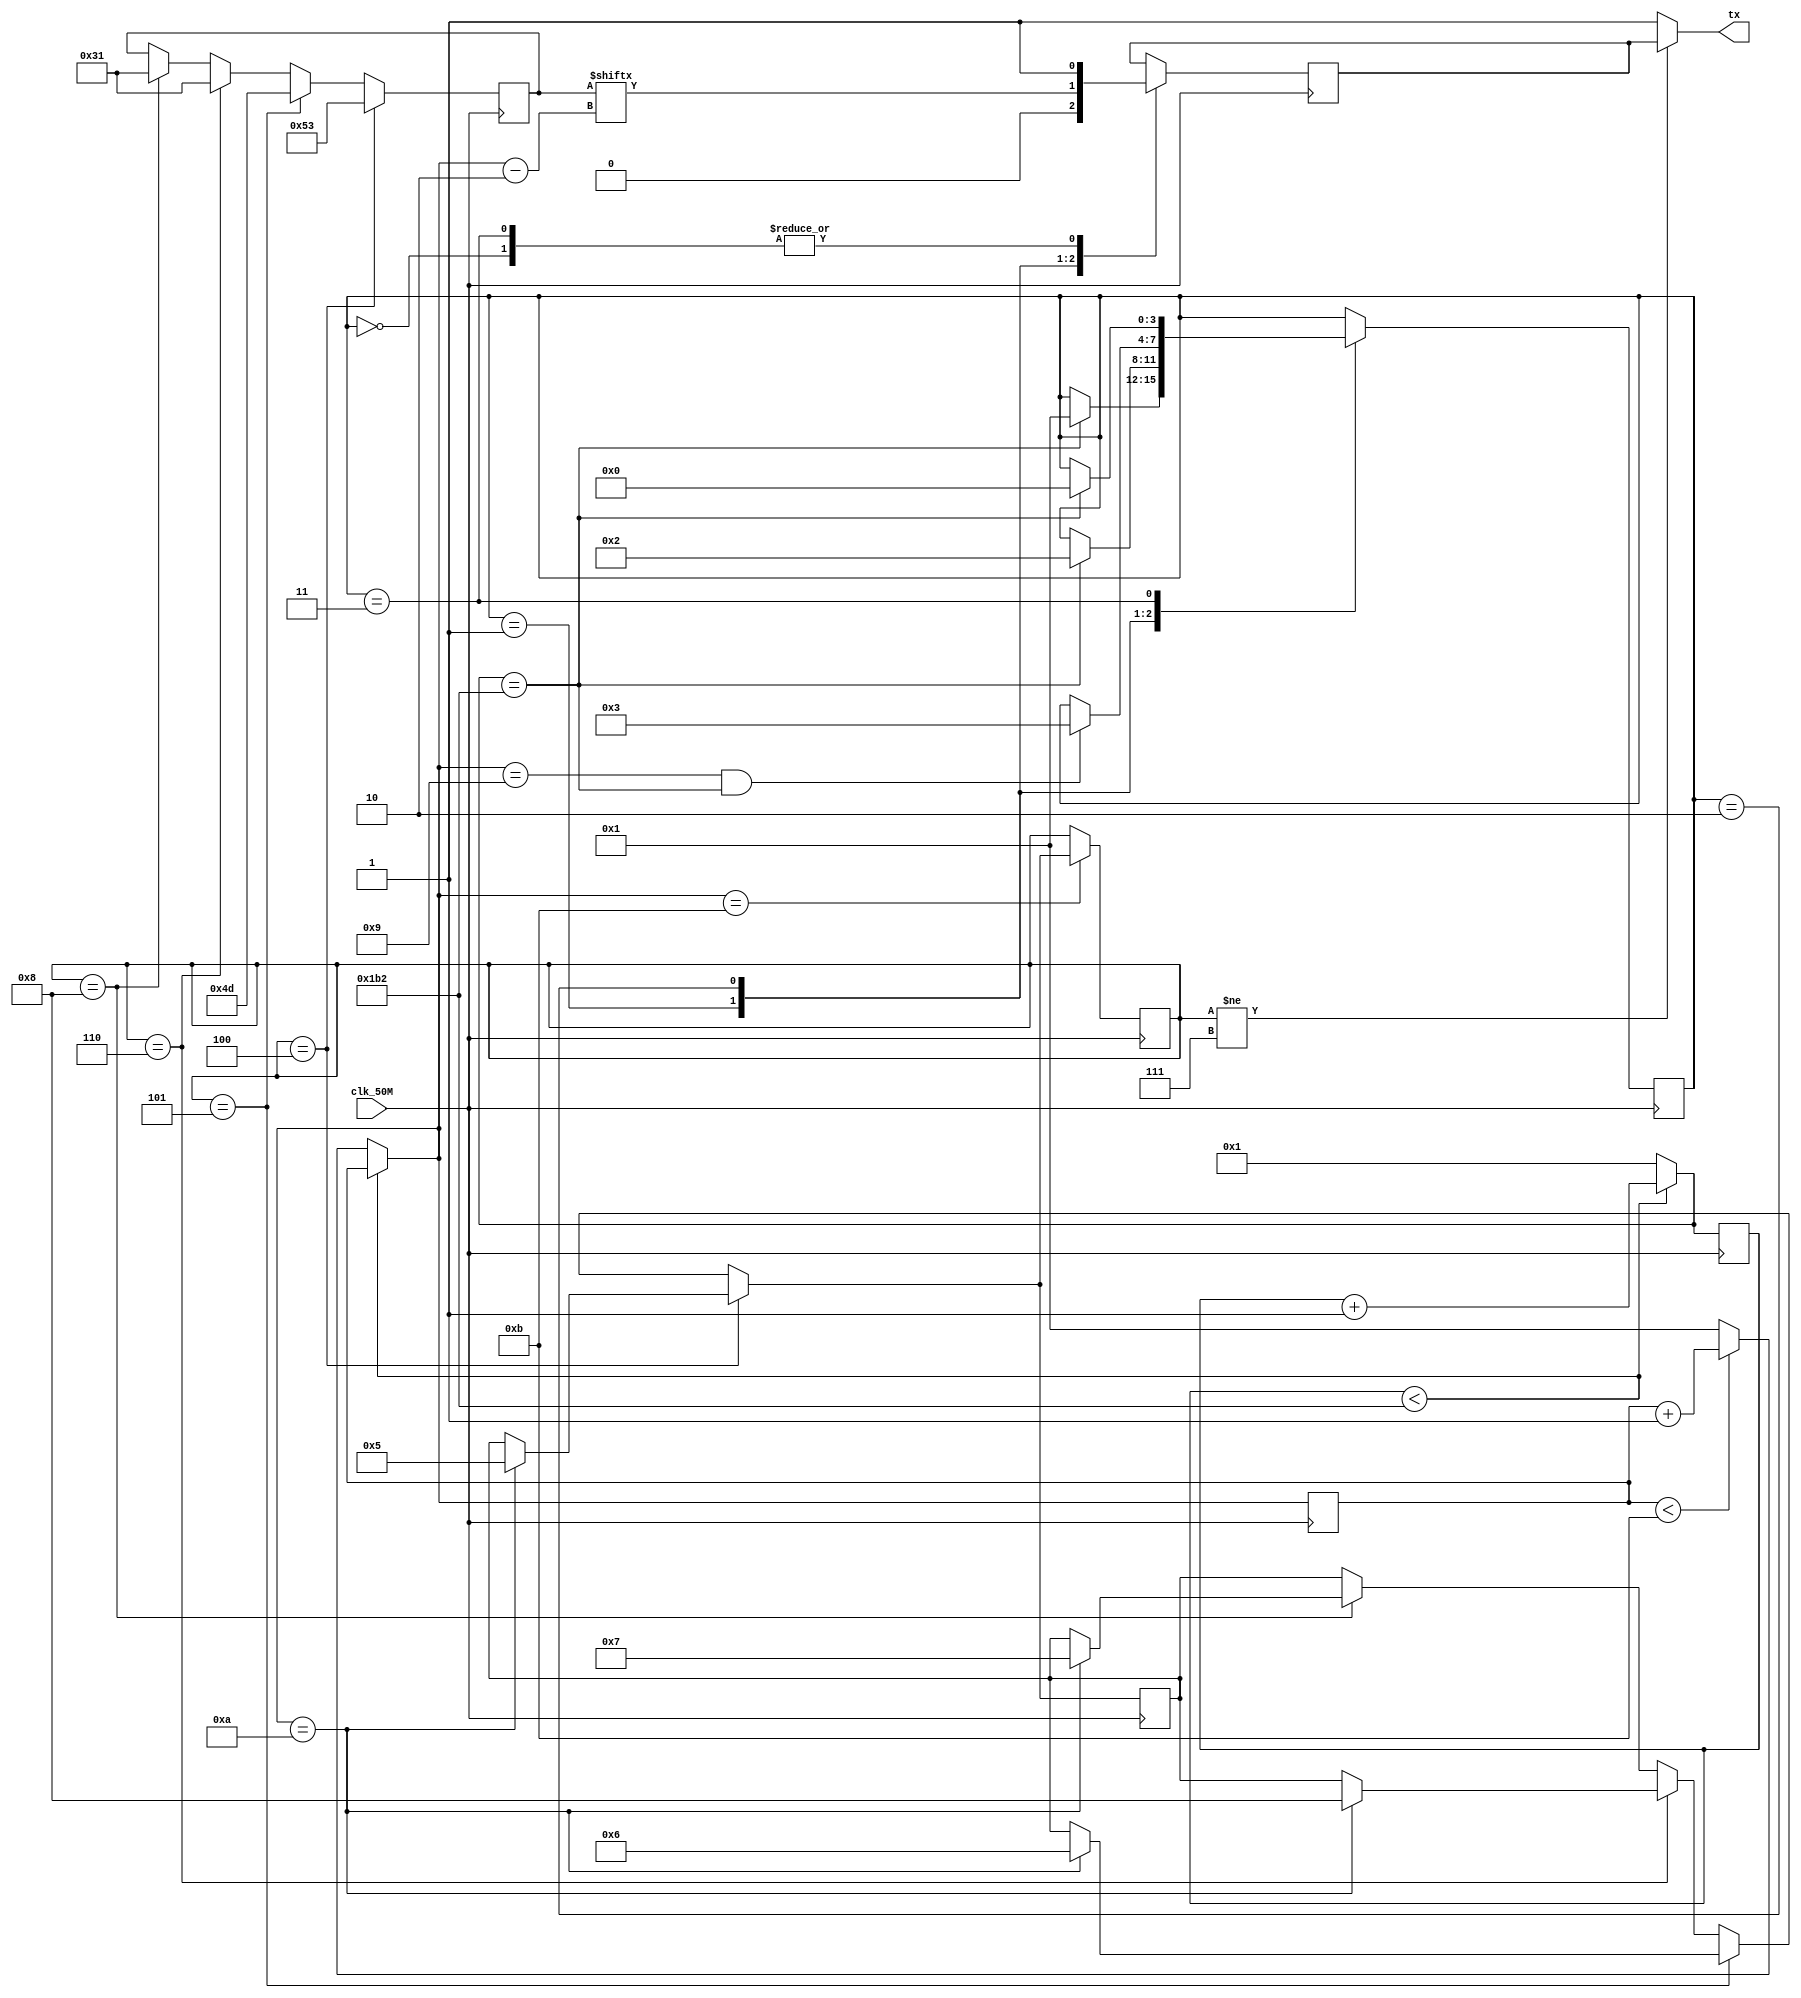

// SM : Task 2 B : UART
/*
Instructions
-------------------
Students are not allowed to make any changes in the Module declaration.
This file is used to design UART Transmitter.

Recommended Quartus Version : 19.1
The submitted project file must be 19.1 compatible as the evaluation will be done on Quartus Prime Lite 19.1.

Warning: The error due to compatibility will not be entertained.
-------------------
*/

//UART Transmitter design
//Input   : clk_50M : 50 MHz clock
//Output  : tx : UART transmit output

//////////////////DO NOT MAKE ANY CHANGES IN MODULE//////////////////
module uart(
	input clk_50M,	//50 MHz clock
	output tx		//UART transmit output
);
////////////////////////WRITE YOUR CODE FROM HERE////////////////////

 
 parameter
  idle = 4'b0000,
  start_bit = 4'b0001,
  data_bit = 4'b0010,
  stop_bit = 4'b0011,
  clean=4'b111,
  s0 = 4'b0100,
  s1 = 4'b0101,
  s2 = 4'b0110,
  s3 = 4'b1000;
  
  reg       tx_dv =1'b1;
  reg [3:0] bit_index   = 0;  
  reg [3:0] next_bit_state ;
  reg [7:0] current_bit ;
  reg [9:0] clock_count = 0;
  reg [3:0] current_bit_state = s0;
  reg [3:0]current_state=idle;
     
  
  always@(posedge clk_50M)
  
 begin
	 if(clock_count < 434)
		 begin
		 clock_count=clock_count+1;
		 end
	 else
	 begin
	 bit_index=(bit_index<11)?bit_index+1:1;
			 clock_count=1;
	 end
	 
 case(current_state)
 
 idle:
 begin
	  tx_dv=1'b1;
	  
	  if(clock_count == 434)
	  current_state = start_bit;
	  
 end
 
 start_bit:
 begin
	 tx_dv=1'b0;
	 
	 if(clock_count == 434)
	 current_state = data_bit;
	
 end
  
 data_bit:
  begin
	  tx_dv=current_bit[bit_index-2];
	  if(bit_index==9 && clock_count==434	)
	  current_state = stop_bit;	  
 end
 
 stop_bit:
 begin
		tx_dv=1'b1;
		
		if(clock_count == 434)
		current_state = idle;
		
 end
 endcase	

 
 if(current_bit_state==s0)
begin
			current_bit = 8'b01010011;
			if(bit_index==10)
				next_bit_state= s1 ;  //changing state on end of data bit
			
end
    		
 else if(current_bit_state == s1) 
begin
			current_bit = 8'b01001101;
			if(bit_index==10)
				next_bit_state = s2;
			
end
		
 else if(current_bit_state == s2)
begin
			 current_bit = 8'b00110001;
			 if(bit_index==10)
				next_bit_state = s3;
			
end
		
 else if(current_bit_state == s3)
begin
		   current_bit=8'b00110001;
			if(bit_index==10)
		    next_bit_state = clean;
			 
end
	
if(bit_index== 11)
	 current_bit_state = next_bit_state; // changing state at the end of data frame(11 bit)
end  
      
  assign tx = (current_bit_state!=clean) ? tx_dv : 1; 	
  
////////////////////////YOUR CODE ENDS HERE//////////////////////////
endmodule
///////////////////////////////MODULE ENDS///////////////////////////